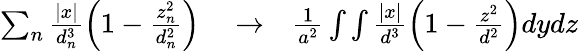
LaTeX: \begin{array}{rlr}{\sum_{n}\frac{|x|}{d_{n}^{3}}\left(1-\frac{z_{n}^{2}}{d_{n}^{2}}\right)}&{{}\to}&{\frac{1}{a^{2}}\int\int\frac{|x|}{d^{3}}\left(1-\frac{z^{2}}{d^{2}}\right)dydz}\end{array}